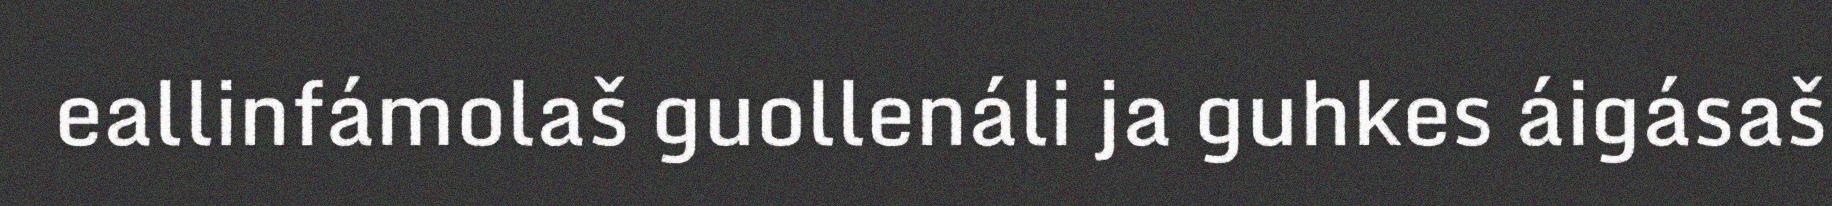
eallinfámolaš guollenáli ja guhkes áigásaš